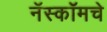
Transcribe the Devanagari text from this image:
नॅस्कॉमचे